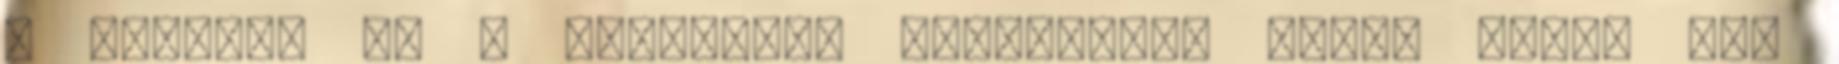
a Pommern és a Wiesbaden elvesztése árán. Ekkor még